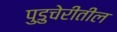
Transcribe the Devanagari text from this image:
पुडुचेरीतील